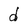
Character: d